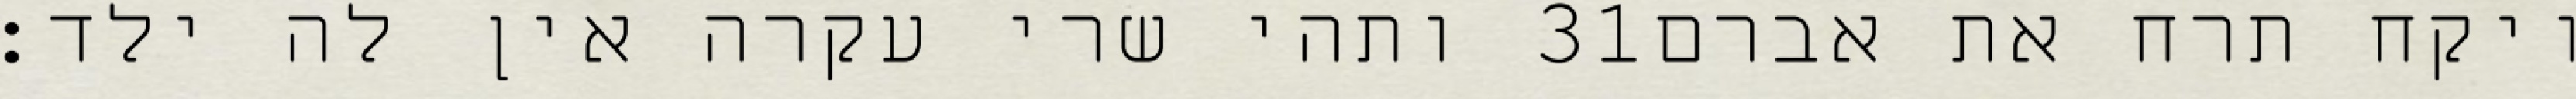
ותהי שרי עקרה אין לה ילד׃ ‎31‏ ויקח תרח את אברם